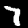
Digit: 7